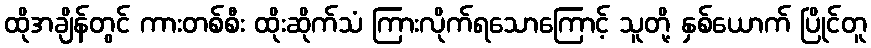
ထိုအချိန်တွင် ကားတစ်စီး ထိုးဆိုက်သံ ကြားလိုက်ရသောကြောင့် သူတို့ နှစ်ယောက် ပြိုင်တူ